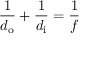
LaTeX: { \frac { 1 } { d _ { \mathrm { o } } } } + { \frac { 1 } { d _ { \mathrm { i } } } } = { \frac { 1 } { f } }